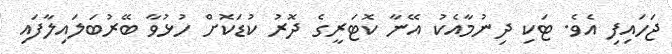
ޖަހައިފި އެވެ. ޓަކި ދިނުމާއެކު އޭނާ ކޮޓަރީގެ ދޮރު ކުޑަކޮށް ހުޅުވާ ބޭރުބަލައިލާފައި